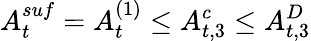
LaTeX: A_{t}^{suf}=A_{t}^{(1)}\le A_{t,3}^{c}\le A_{t,3}^{D}